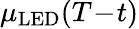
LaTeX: \mu_{\mathrm{LED}}(T\! -\! t)